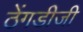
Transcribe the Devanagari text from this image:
ठेंगडीजी